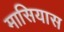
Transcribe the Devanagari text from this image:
मासियास